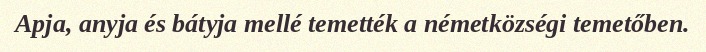
Apja, anyja és bátyja mellé temették a németközségi temetőben.